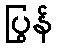
ပြွန်